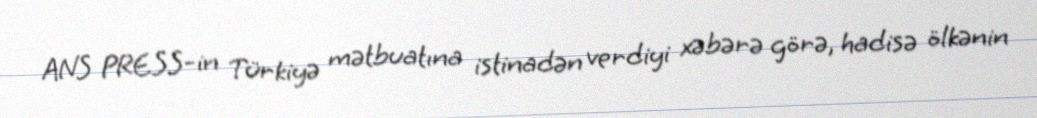
ANS PRESS-in Türkiyə mətbuatına istinadən verdiyi xəbərə görə, hadisə ölkənin